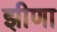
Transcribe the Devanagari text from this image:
झीणा